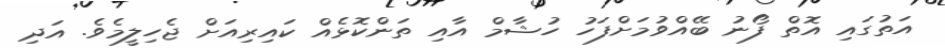
އަތުގައި އޮތް ފޯނު ބޭއްވުމަށްފަހު ހުޝާމް އާއި ތަންކޮޅެއް ކައިރިއަށް ޖެހިލީމެވެ. އަދި